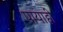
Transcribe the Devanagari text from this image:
पायाही